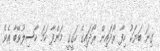
ގިނަ ބަޔަކު ހިފާ ރޯދައިން ރޯދައިގެ ހަގީގީ މަންފާ ހަމަ ހާސިލުވޭބާ އެވެ